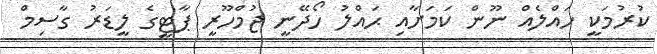
ކުރުމަކީ ހައްލެއް ނޫން ކަމަށާއި ޙައްލު ހޯދޭނީ ޖުމްހޫރީ ޕާޓީގެ ލީޑަރު ގާސިމް